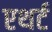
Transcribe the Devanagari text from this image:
एथर्ट